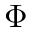
\Phi